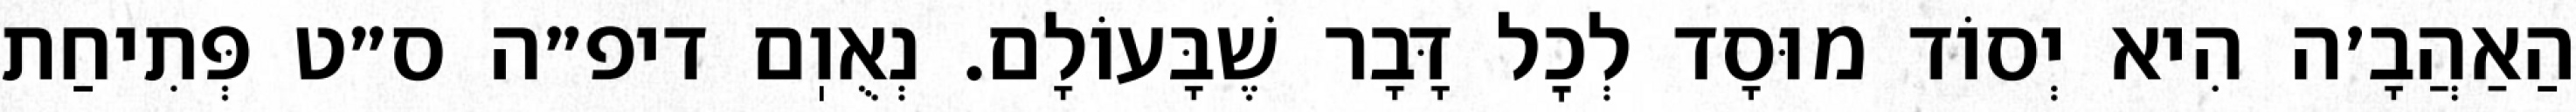
הַאַהֲבָ׳ה הִיא יְסוֹד מוּסָד לְכׇל דָּבָר שֶׁבָּעוֹלָם. נְאֻוֽם דיפ״ה ס״ט פְּתִיחַת